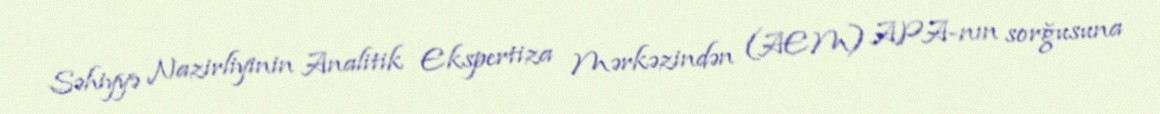
Səhiyyə Nazirliyinin Analitik Ekspertiza Mərkəzindən (AEM) APA-nın sorğusuna